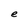
Character: e